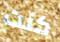
كنت